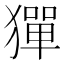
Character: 㺗